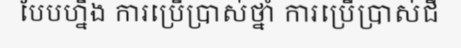
បែបហ្នឹង ការប្រើប្រាស់ថ្នាំ ការប្រើប្រាស់ជី